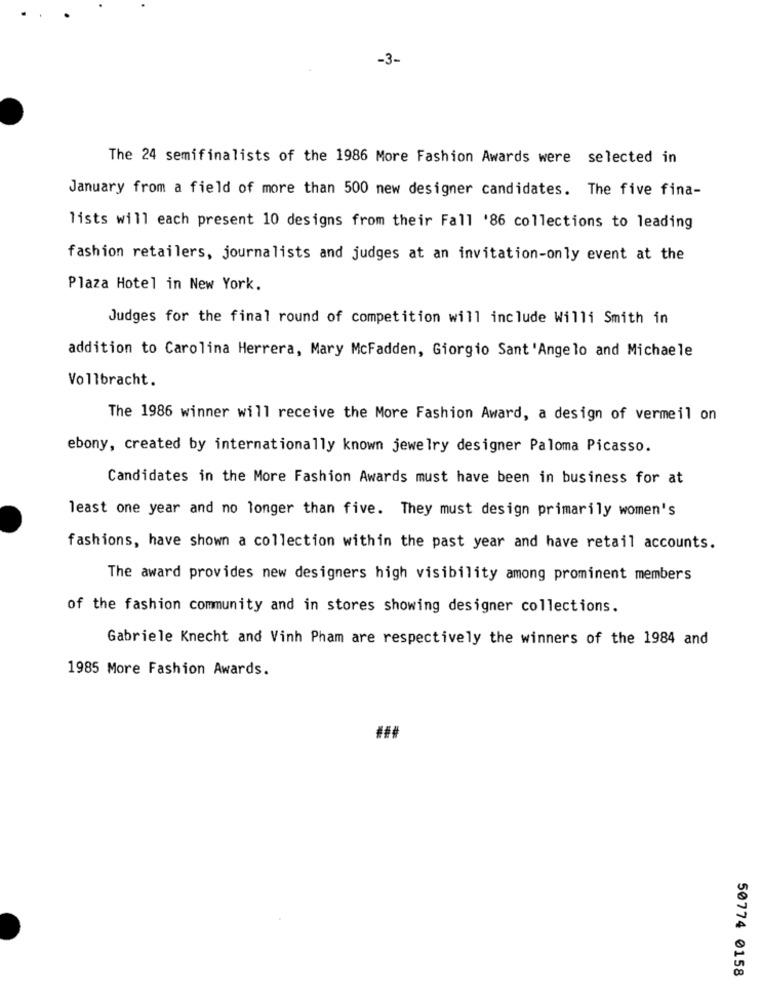
-3-
The 24 semifinalists of the 1986 More Fashion Awards were selected in
January from a field of more than 500 new designer candidates. The five fina-
lists will each present 10 designs from their Fall '86 collections to leading
fashion retailers, journalists and judges at an invitation-only event at the
Plaza Hotel in New York.
Judges for the final round of competition will include Willi Smith in
addition to Carolina Herrera, Mary McFadden, Giorgio Sant 'Angelo and Michaele
Vollbracht.
The 1986 winner will receive the More Fashion Award, a design of vermeil on
ebony, created by internationally known jewelry designer Paloma Picasso.
Candidates in the More Fashion Awards must have been in business for at
least one year and no longer than five. They must design primarily women's
fashions, have shown a collection within the past year and have retail accounts.
The award provides new designers high visibility among prominent members
of the fashion community and in stores showing designer collections.
Gabriele Knecht and Vinh Pham are respectively the winners of the 1984 and
1985 More Fashion Awards.
50774 0158